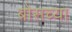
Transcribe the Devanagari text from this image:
बोसच्या